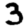
Digit: 3